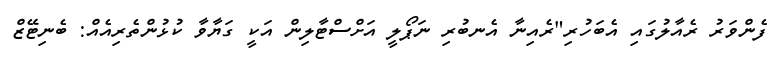
ފެންވަރު ރެއާލުގައި އެބަހުރި"ރެއިނާ އެނބުރި ނަޕޯލީ އަށްސްޓާލިން އަކީ ގަޔާވާ ކުޅުންތެރިއެއް: ބެނިޓޭޒް